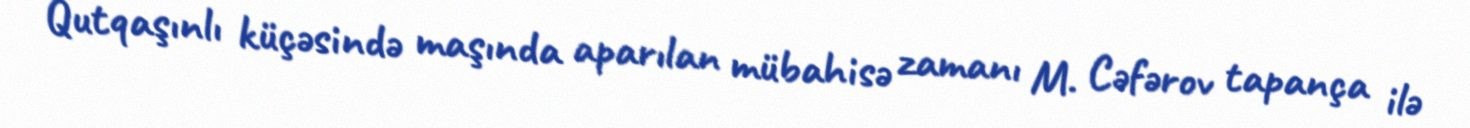
Qutqaşınlı küçəsində maşında aparılan mübahisə zamanı M. Cəfərov tapança ilə